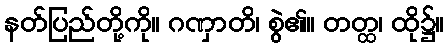
နတ်ပြည်တို့ကို။ ဂဏှာတိ၊ စွဲ၏။ တတ္ထ၊ ထို၌။